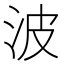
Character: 波